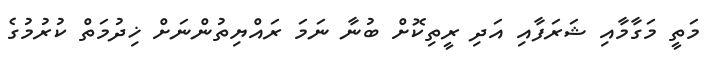
މަތީ މަގާމާއި ޝަރަފާއި އަދި ރީތިކޮށް ބުނާ ނަމަ ރައްޔިތުންނަށް ޚިދުމަތް ކުރުމުގެ